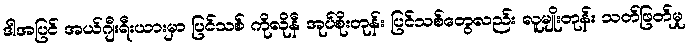
ဒါအပြင် အယ်ဂျီးရီးယားမှာ ပြင်သစ် ကိုလိုနီ အုပ်စိုးတုန်း ပြင်သစ်တွေလည်း လူမျိုးတုန်း သတ်ဖြတ်မှု